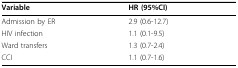
| Variable | HR (95%CI) |
 | --- | --- |
 | Admission by ER | 2.9 (0.6-12.7) |
 | HIV infection | 1.1 (0.1-9.5) |
 | Ward transfers | 1.3 (0.7-2.4) |
 | CCI | 1.1 (0.7-1.6) |